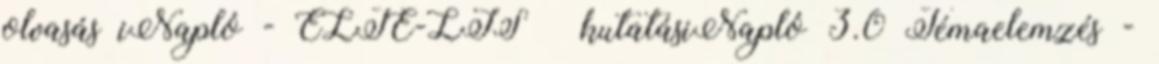
olvasás iNapló - ELTE-LIS kutatásiNapló 3.0 Témaelemzés -